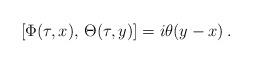
LaTeX: \begin{align*}[\Phi(\tau,x),\, \Theta(\tau,y)] = i\theta(y-x)\,.\end{align*}